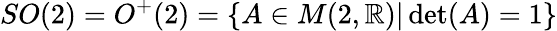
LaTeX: SO(2)=O^{+}(2)=\{ A\in M(2,\mathbb{R})|\operatorname*{det}(A)=1\}